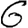
Digit: 6